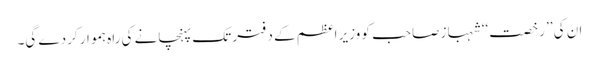
ان کی ’’رخصت‘‘ شہباز صاحب کو وزیر اعظم کے دفتر تک پہنچانے کی راہ ہموار کردے گی۔